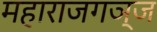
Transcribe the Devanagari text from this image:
महाराजगञ्ज